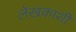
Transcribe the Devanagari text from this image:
लेखकाशी